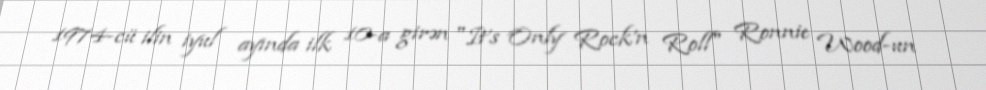
1974-cü ilin iyul ayında ilk 10-a girən "It's Only Rock'n Roll" Ronnie Wood-un